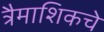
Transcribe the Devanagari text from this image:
त्रैमाशिकचे